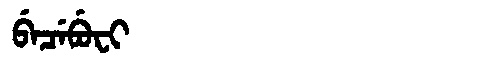
Manchu: ᠪᡝᠴᡝᠪᡠᠸᡳ
Romanization: BECEBUFI